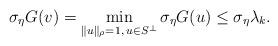
LaTeX: \begin{align*}\sigma_\eta G(v) = \min_{\|u\|_\rho=1, \: u \in S^\perp} \sigma_\eta G(u) \leq \sigma_\eta \lambda_k.\end{align*}